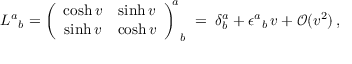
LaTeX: L ^ { a } { } _ { b } = \left( \begin{array} { c c } { { \cosh v } } & { { \sinh v } } \\ { { \sinh v } } & { { \cosh v } } \end{array} \right) _ { \, \; b } ^ { \! \! a } \; = \; \delta _ { b } ^ { a } + \epsilon ^ { a } { } _ { b } \, v + \mathcal { O } ( v ^ { 2 } ) \, ,